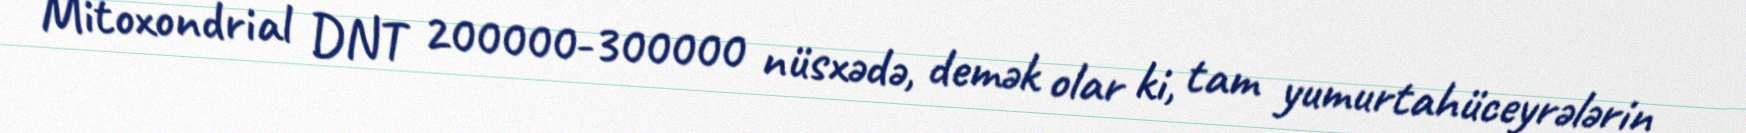
Mitoxondrial DNT 200000-300000 nüsxədə, demək olar ki, tam yumurtahüceyrələrin